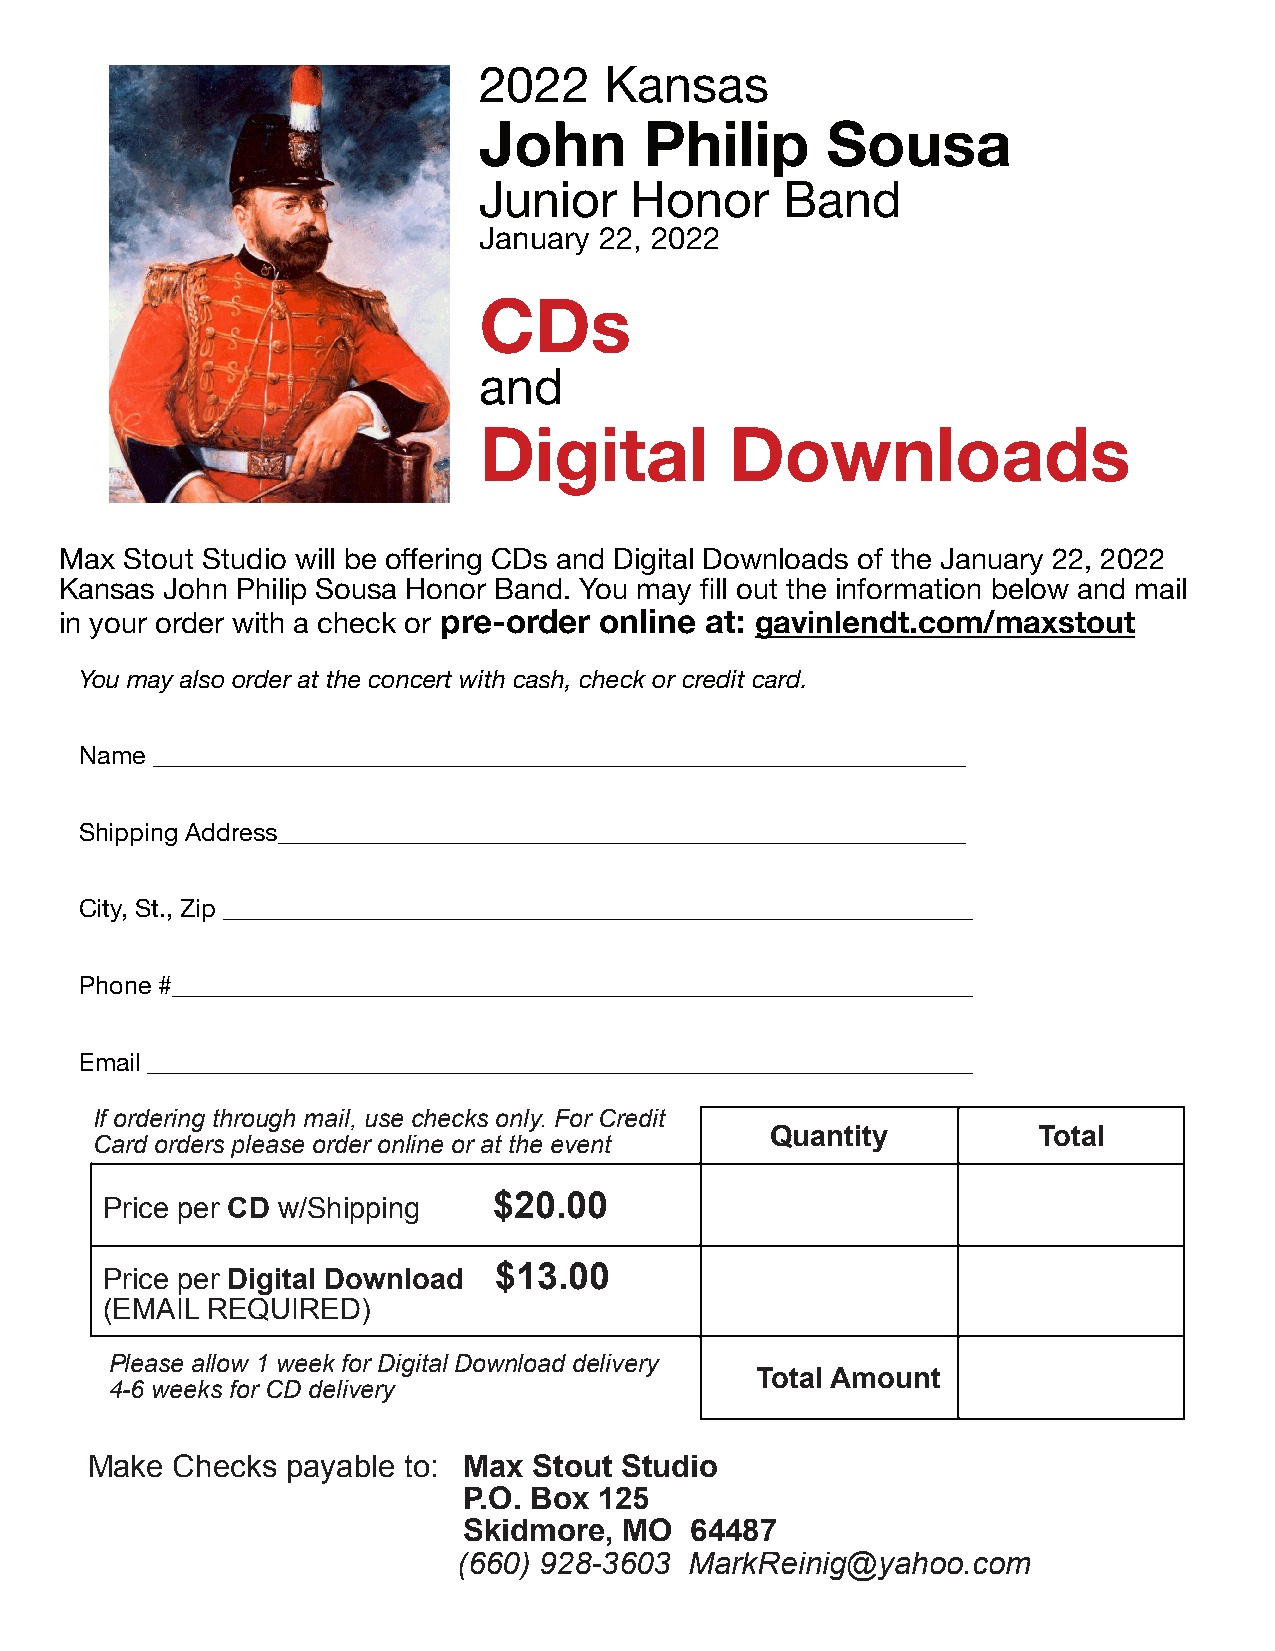
2022    Kansas
 John       Philip      Sousa
 Junior    Honor     Band
 January 22, 2022
 CDs
 and
 Digital         Downloads
 Max Stout Studio will be offering CDs and Digital Downloads of the January 22, 2022
 Kansas John Philip Sousa Honor Band. You may fill out the information below and mail
 in your order with a check or pre-order online at: gavinlendt.com/maxstout
 You may also order at the concert with cash, check or credit card.
 Name _________________________________________________________________
 Shipping Address_______________________________________________________
 City, St., Zip ____________________________________________________________
 Phone #________________________________________________________________
 Email __________________________________________________________________
 If ordering through mail, use checks only. For Credit
 Quantity          Total
 Card orders please order online or at the event
 $20.00
 Price per CD w/Shipping
 $13.00
 Price per Digital Download
 (EMAIL REQUIRED)
 Please allow 1 week for Digital Download delivery
 Total Amount
 4-6 weeks for CD delivery
 Make Checks  payable to: Max Stout Studio
 P.O. Box 125
 Skidmore, MO   64487
 (660) 928-3603  MarkReinig@yahoo.com